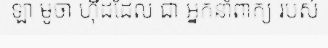
ឡា មូចា ហ៊ីដដែល ជា អ្នកនាំពាក្យ របស់